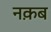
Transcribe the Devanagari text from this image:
नक़ब